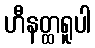
ဟီနတ္ထရူပါ